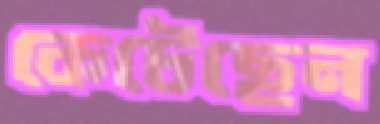
কেটেছেন